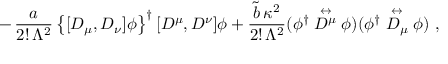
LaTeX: - \, { \frac { a } { 2 ! \, \Lambda ^ { 2 } } } \left\{ [ D _ { \mu } , D _ { \nu } ] \phi \right\} ^ { \dagger } [ D ^ { \mu } , D ^ { \nu } ] \phi + { \frac { \tilde { b } \, \kappa ^ { 2 } } { 2 ! \, \Lambda ^ { 2 } } } ( \phi ^ { \dagger } \stackrel { \leftrightarrow } { D ^ { \mu } } \phi ) ( \phi ^ { \dagger } \stackrel { \leftrightarrow } { D _ { \mu } } \phi ) ~ ,